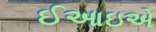
ઈઆઇએ